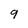
Character: 9